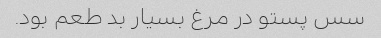
سس پستو در مرغ بسیار بد طعم بود.